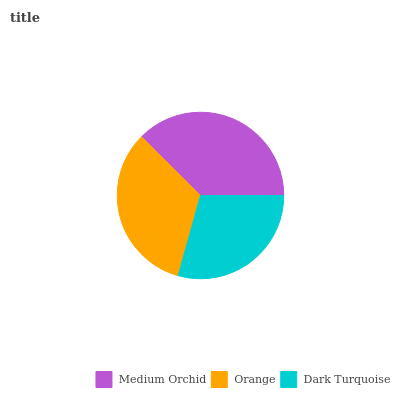
| Medium Orchid | Orange | Dark Turquoise |
 | --- | --- | --- |
 | 37.6% | 33.1% | 29.3% |